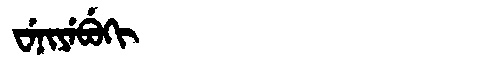
Manchu: ᠸᡝᠨᡳᠶᡝᠪᡠᡴᡳ
Romanization: WENIYEBUKI